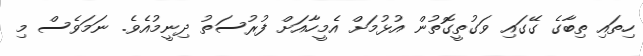
ހިތައި ތިބާގެ ގޭގައި ވަގުތީގޮތުން އުޅުމަށް އެމީހާއަށް ފުރުސަތު ދިނީމުއެވެ. ނަމަވެސް މި